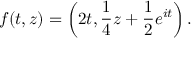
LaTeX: f ( t , z ) = \left( 2 t , { \frac { 1 } { 4 } } z + { \frac { 1 } { 2 } } e ^ { i t } \right) .